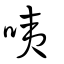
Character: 咦